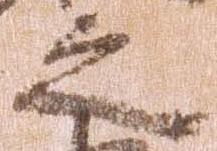
之